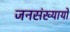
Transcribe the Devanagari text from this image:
जनसंख्यायों